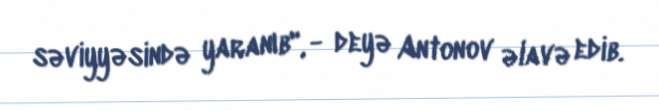
səviyyəsində yaranıb", - deyə Antonov əlavə edib.